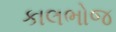
કાલભોજ